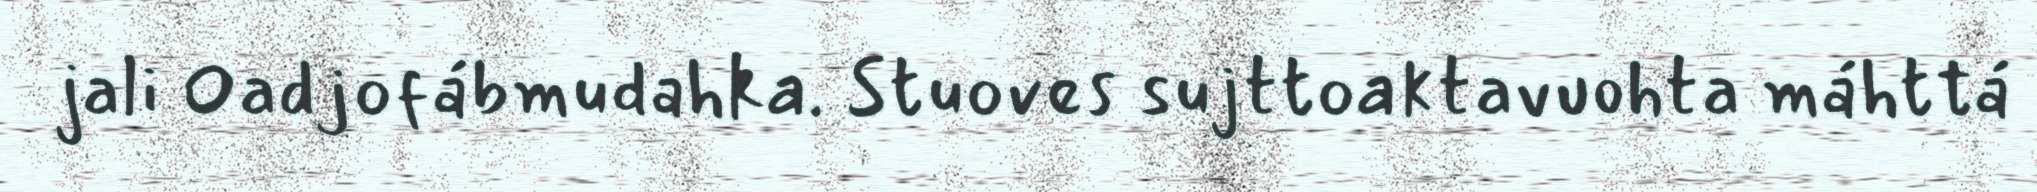
jali Oadjofábmudahka. Stuoves sujttoaktavuohta máhttá